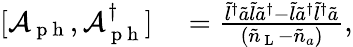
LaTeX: \begin{array}{rl}{[\mathcal{A}_{\mathrm{~p~h~}},\mathcal{A}_{\mathrm{~p~h~}}^{\dagger}]}&{{}=\frac{\tilde{l}^{\dagger}\tilde{a}\tilde{l}\tilde{a}^{\dagger}-\tilde{l}\tilde{a}^{\dagger}\tilde{l}^{\dagger}\tilde{a}}{(\tilde{n}_{\mathrm{~L~}}-\tilde{n}_{a})},}\end{array}